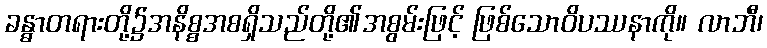
ခန္ဓာတရားတို့၌အနိစ္စအစရှိသည်တို့၏အစွမ်းဖြင့် ဖြစ်သောဝိပဿနာကို။ လာဘီ၊